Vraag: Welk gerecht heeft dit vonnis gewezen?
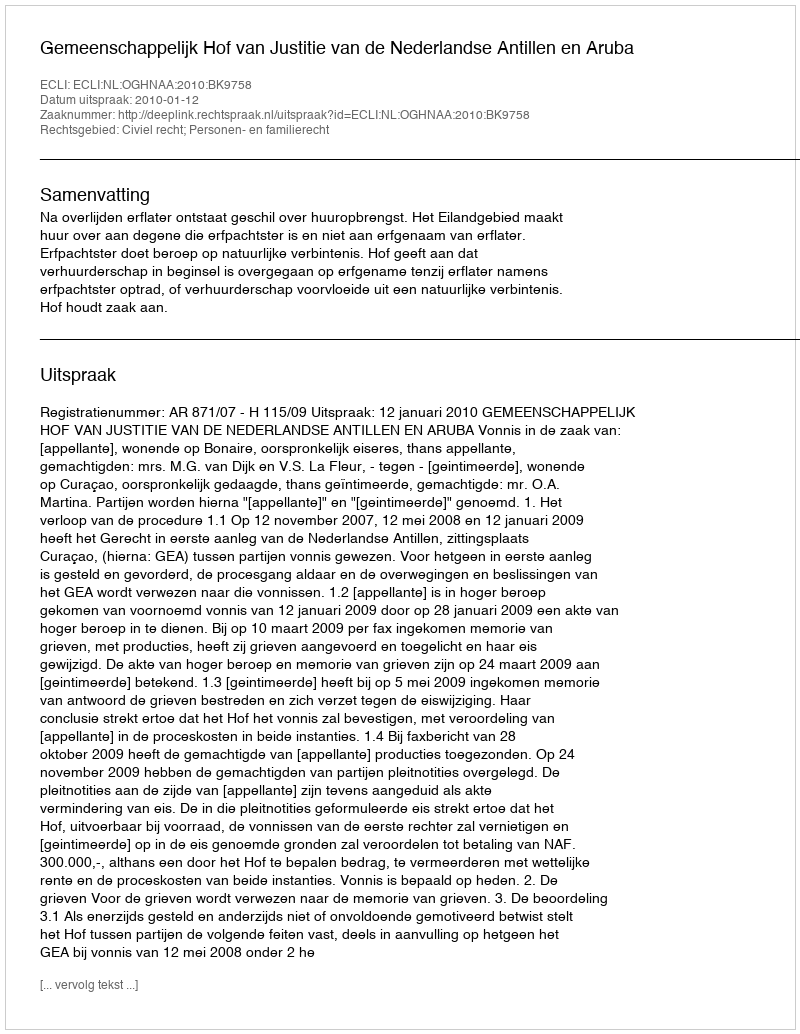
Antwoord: Gemeenschappelijk Hof van Justitie van de Nederlandse Antillen en Aruba